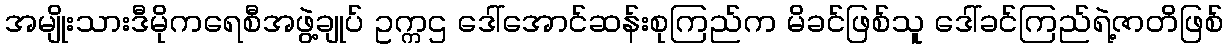
အမျိုးသားဒီမိုကရေစီအဖွဲ့ချုပ် ဥက္ကဌ ဒေါ်အောင်ဆန်းစုကြည်က မိခင်ဖြစ်သူ ဒေါ်ခင်ကြည်ရဲ့ဇာတိဖြစ်